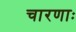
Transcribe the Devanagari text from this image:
चारणाः